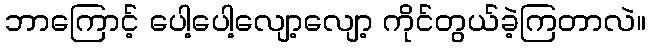
ဘာကြောင့် ပေါ့ပေါ့လျော့လျော့ ကိုင်တွယ်ခဲ့ကြတာလဲ။